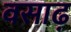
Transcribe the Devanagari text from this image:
वसाढ़